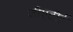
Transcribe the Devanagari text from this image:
जीएटीई